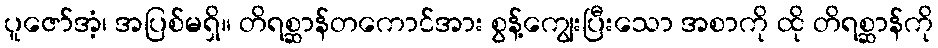
ပူဇော်အံ့၊ အပြစ်မရှိ။ တိရစ္ဆာန်တကောင်အား စွန့်ကျွေးပြီးသော အစာကို ထို တိရစ္ဆာန်ကို